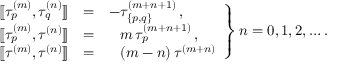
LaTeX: \left. \begin{array} { r c l } { { { [ \! [ } \tau _ { p } ^ { ( m ) } , \tau _ { q } ^ { ( n ) } { ] \! ] } } } & { { = } } & { { - \tau _ { \{ p , q \} } ^ { ( m + n + 1 ) } \, , } } \\ { { { [ \! [ } \tau _ { p } ^ { ( m ) } , \tau ^ { ( n ) } { ] \! ] } } } & { { = } } & { { \phantom { - } m \, \tau _ { p } ^ { ( m + n + 1 ) } \, , } } \\ { { { [ \! [ } \tau ^ { ( m ) } , \tau ^ { ( n ) } { ] \! ] } } } & { { = } } & { { \phantom { - } ( m - n ) \, \tau ^ { ( m + n ) } } } \end{array} \right\} n = 0 , 1 , 2 , \ldots .